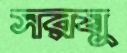
সরযু